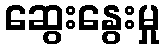
ဆွေးနွေးမှု